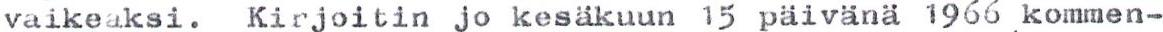
vaikeaksi. Kirjoitin jo kesäkuun 15 päivänä 1966 kommen-